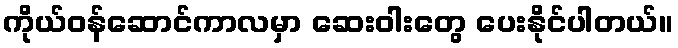
ကိုယ်ဝန်ဆောင်ကာလမှာ ဆေးဝါးတွေ ပေးနိုင်ပါတယ်။